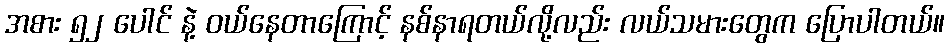
အစား ၅၂ ပေါင် နဲ့ ဝယ်နေတာကြောင့် နစ်နာရတယ်လို့လည်း လယ်သမားတွေက ပြောပါတယ်။